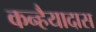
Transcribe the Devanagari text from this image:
कन्हैयादास